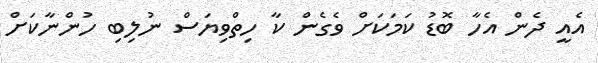
އެއީ ދެން އެހާ ބޮޑު ކަމަކަށް ވެގެން ކާ ހިތްވިޔަސް ނުލިބި ހުންނާކަށް